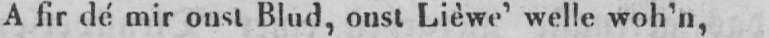
A fir dé mir onst Blud, onst Lièwe’ welle woh’n,